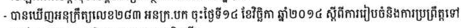
- បានឃើញអនុក្រឹត្យលេខ២៨៣ អនក្រ.បក ចុះថ្ងៃទី១៤ ខែវិច្ឆិកា ឆ្នាំ២០១៤ ស្តីពីការរៀបចំនិងការប្រព្រឹត្តទៅ